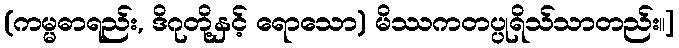
(ကမ္မဓာရည်း, ဒိဂုတို့နှင့် ရောသော) မိဿကတပ္ပုရိသ်သာတည်း။]